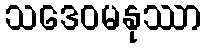
သဒေဝမနုဿာ